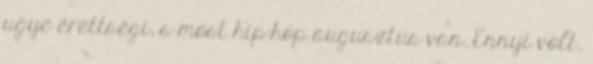
ugye érettségi, s most hip-hop augusztus van. Ennyi volt.